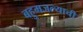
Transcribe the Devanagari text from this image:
बहुमजल्याची